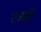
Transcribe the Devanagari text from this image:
तज्ज्ञही